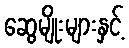
ဆွေမျိုးများနှင့်